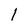
Character: 1